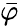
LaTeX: \bar{\varphi}